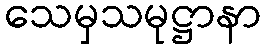
သေမှသမုဋ္ဌာနာ